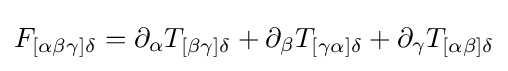
F_{[\alpha \beta \gamma ]\delta }=\partial _{\alpha }T_{[\beta \gamma ]\delta }+\partial _{\beta }T_{[\gamma \alpha ]\delta }+\partial _{\gamma }T_{[\alpha \beta ]\delta }